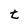
Character: t